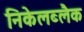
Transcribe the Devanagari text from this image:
निकेलब्लैक